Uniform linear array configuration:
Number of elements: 24
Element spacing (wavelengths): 0.5
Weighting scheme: cosine
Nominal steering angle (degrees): -45
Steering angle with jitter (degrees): -44.168
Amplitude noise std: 0.05
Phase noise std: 0.05

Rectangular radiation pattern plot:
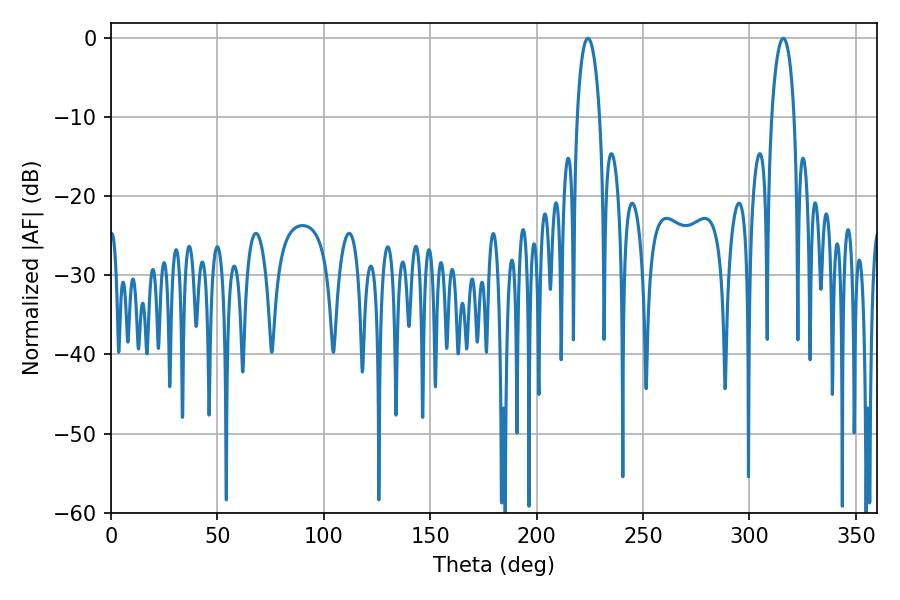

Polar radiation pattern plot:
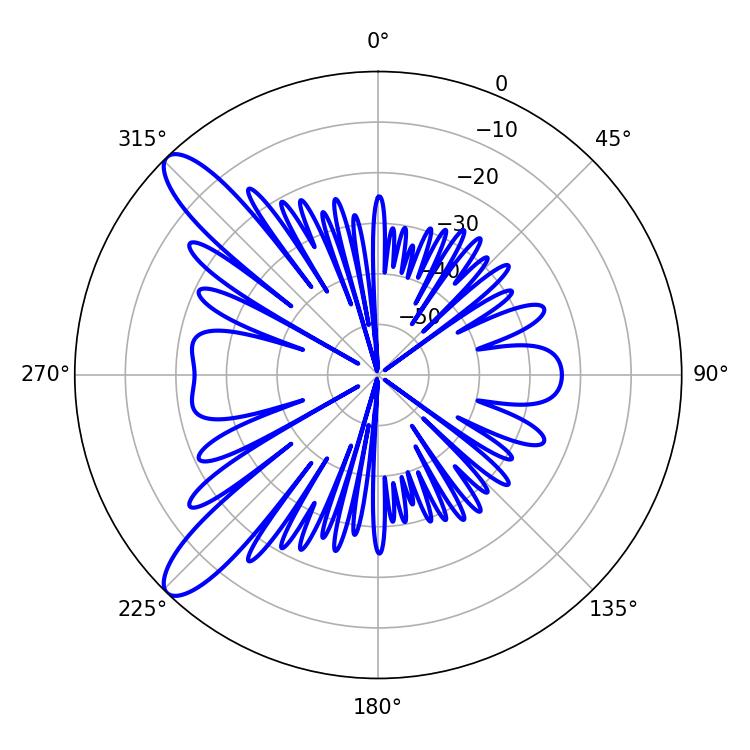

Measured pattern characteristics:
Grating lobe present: FALSE
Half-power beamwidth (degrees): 5.94
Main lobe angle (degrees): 224.1